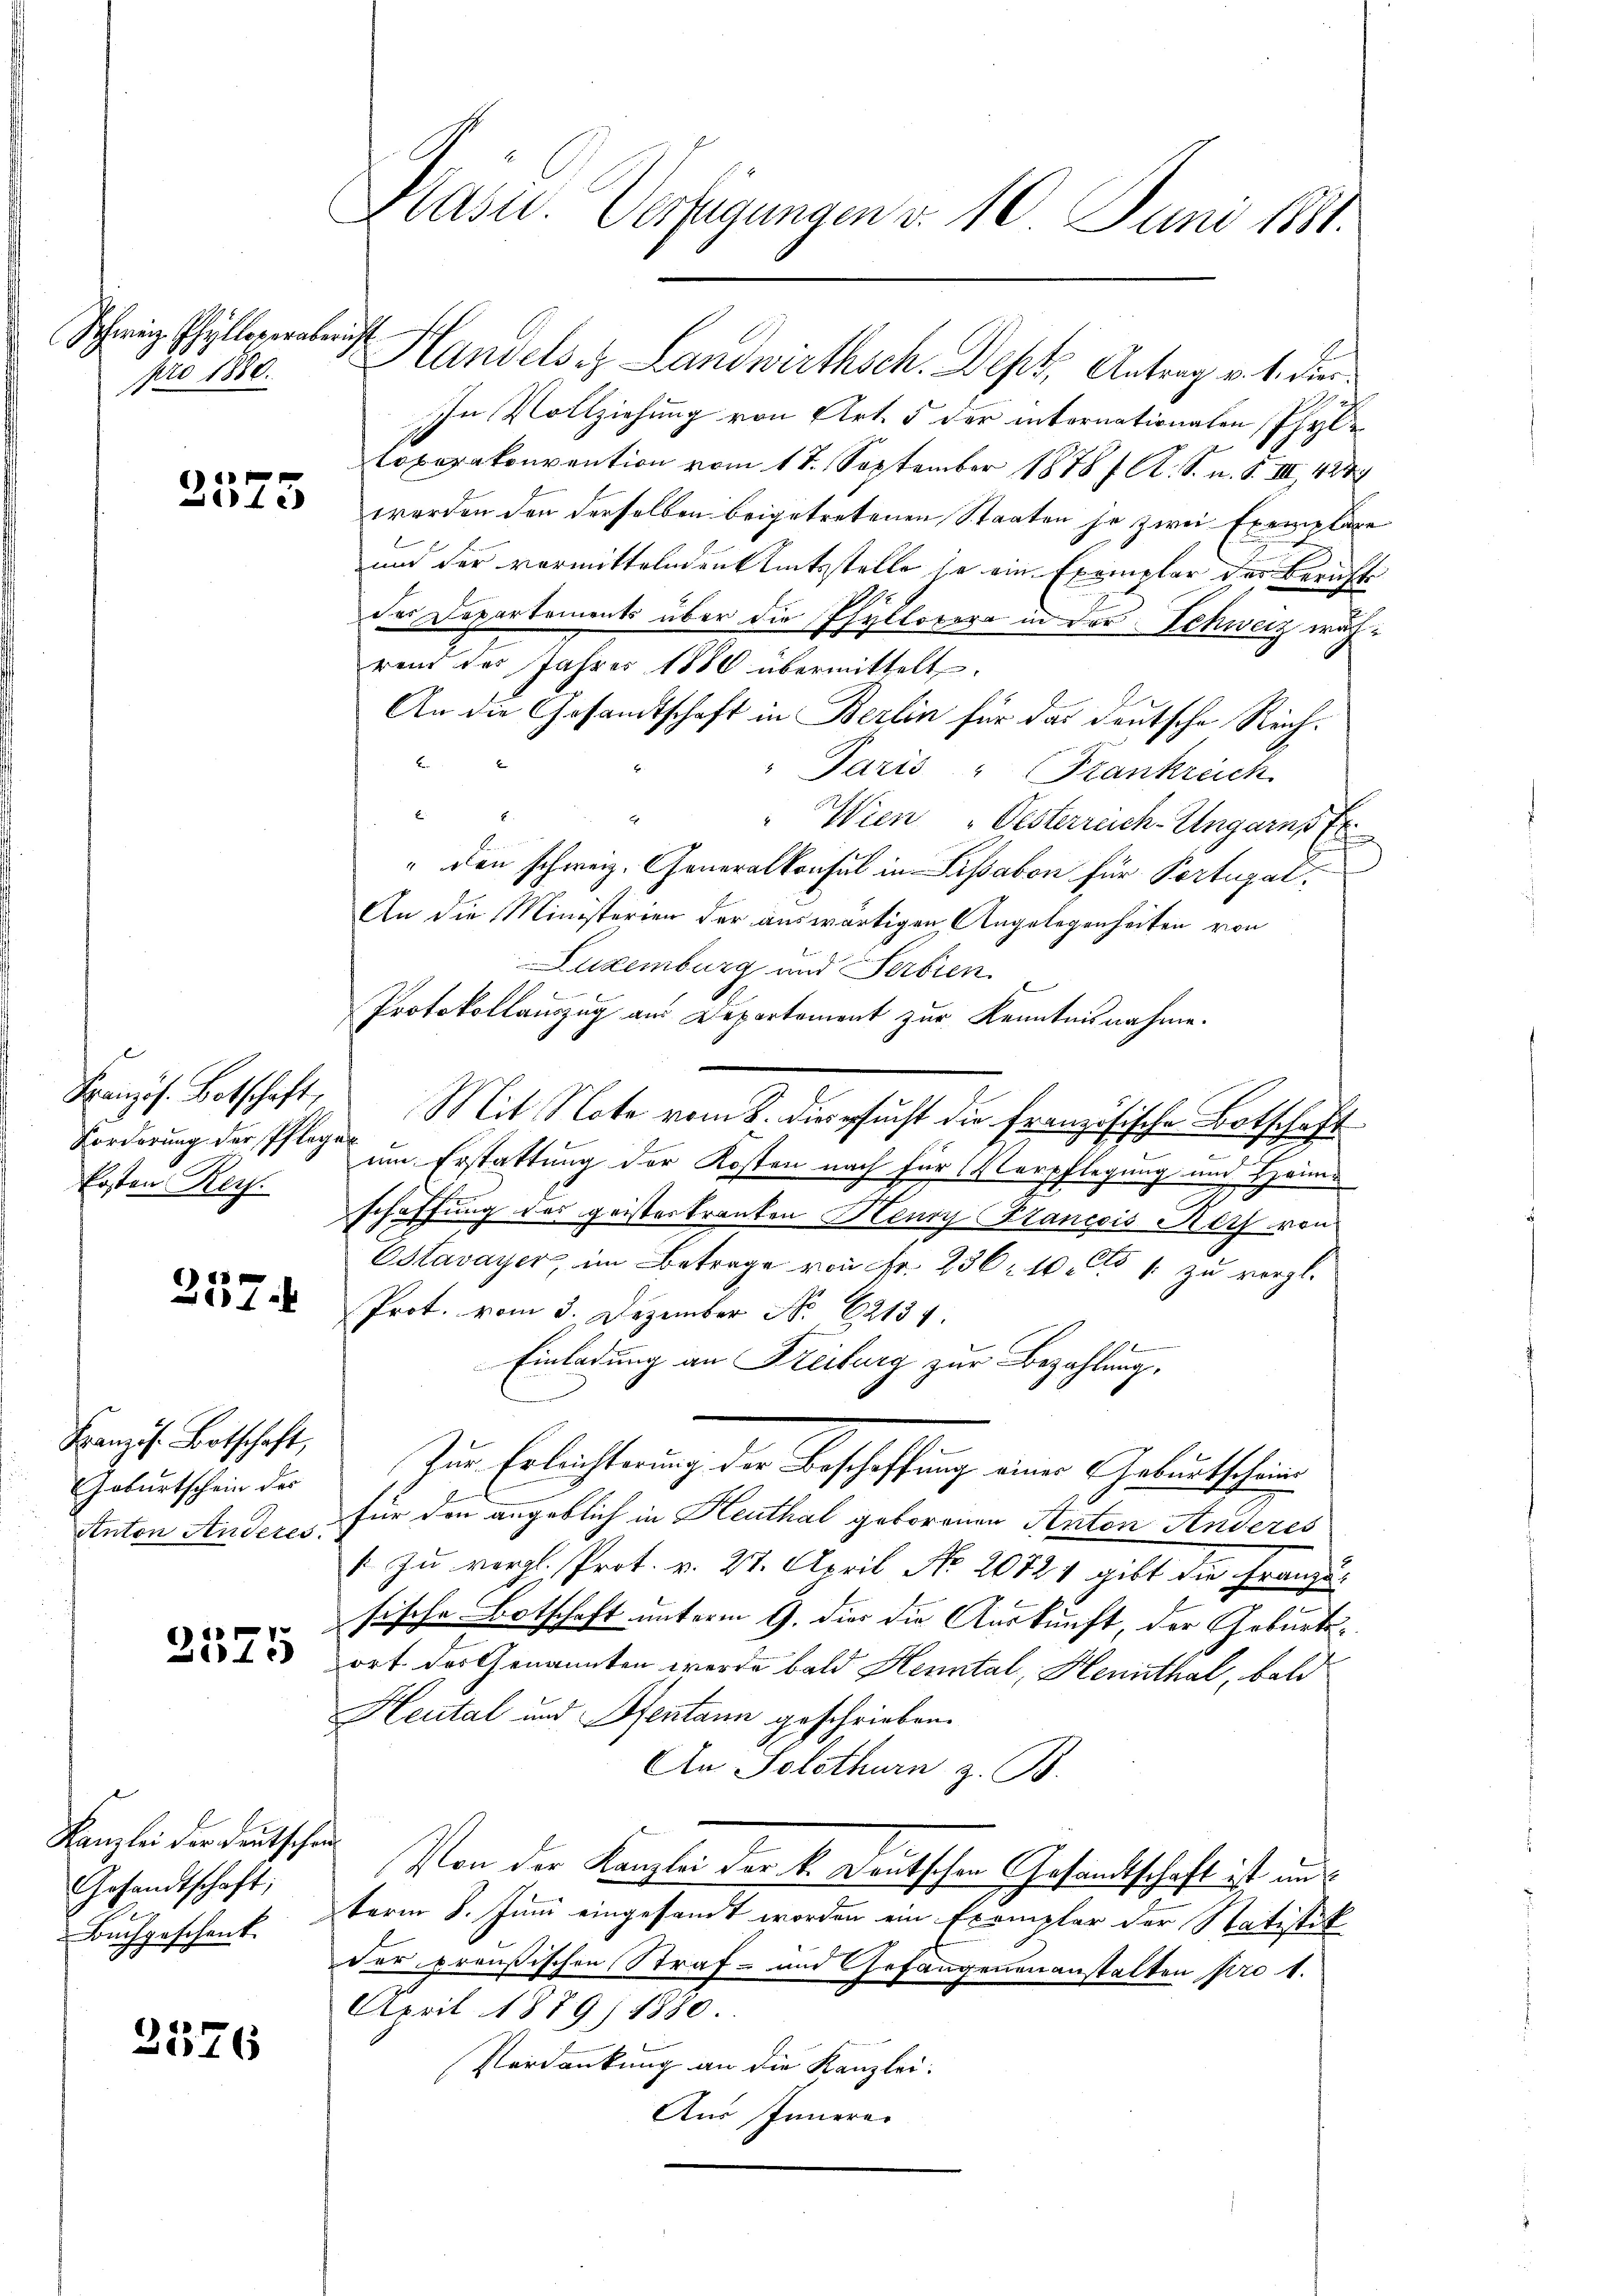
Schweiz Phylloser aberich
pro 1880.

2575

Französ. Botschaft
Forderung der Pfleger
Ersten Reg.

257.

Französ. Botschaft,
Geburtschein der
Anton Anderes.

2575

Kanzlei der Deutsch.
Gesandtschaft,
Buchgeschenk.

2376

Masu. Verfügungen d. 10. Juni 1881.

Handels Landwirthsch. Dept, Antrag v. 1. die
In Vollziehung von Art. 5 der internationalen Pfyloperakonvention vom 17. September 1878 f. A. S. n. F. III 427
worden den derselben beigetretenen Staaten je zwei Exemplare
und der vormittelnden Amtsstelle je ein Exemplar der Berichts
des Departements über die Pfyllopera in der Schweiz wachrend des Jahres 1880 übermittelt.
An die Gesandtschaft in Berlin für das deutsche Reich¬
" Paris " Frankreich
Wien "Oesterreich-Ungarnst
" den schweiz. Generalkonsul in Lissabon für Portugal¬
An die Ministerien der auswärtigen Angelegenheiten von
Luxenburg und Serbien
Protokollauszug aus Departement zur Kenntnisnahme.
Mit Note vom 8. die ersucht die französische Botschaft
um Erstattung der Kosten nach für Verpflegung und Heima
schaffung des geisteskranken Henry Plancois Koch von
Estavayer, im Betrage von Fr. 236. 101. zu vergl.
Prot. vom 3. Dezember No. 62134.
Einladung an Freiburg zur Bezahlung,
Zur Erleichterung der Beschaffung einer Geburtschein
für den angeblich in Heuthal geborenen Anton Anderes
1 zu vergl. Prot. v. 27. April No 20724 gibt die Franzusische Botschaft unterm 9. die die Auskunft, der Geburtsort der Genannten werde bald Henntal, Hennthal, bald
Heutal und Rentann geschrieben.
An Solothurn z. B.
o
Von der Kanzlei der k. Deutschen Gesandtschaft ist un
term 8. Juni eingesandt worden ein Exemplar der Statistik
der preußischen Straf- und Gefangenenanstalten pro 1.
April 1879) 1880.
Verdankung an die Kanzlei.
Aus Innerer